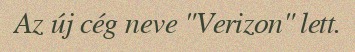
Az új cég neve "Verizon" lett.